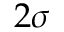
2 \sigma